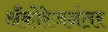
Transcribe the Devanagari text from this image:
अँकोरेजनंतर